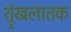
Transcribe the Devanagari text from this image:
श्रृंखलातक